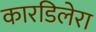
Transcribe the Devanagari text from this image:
कारडिलेरा